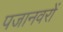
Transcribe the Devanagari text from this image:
पजानवरों